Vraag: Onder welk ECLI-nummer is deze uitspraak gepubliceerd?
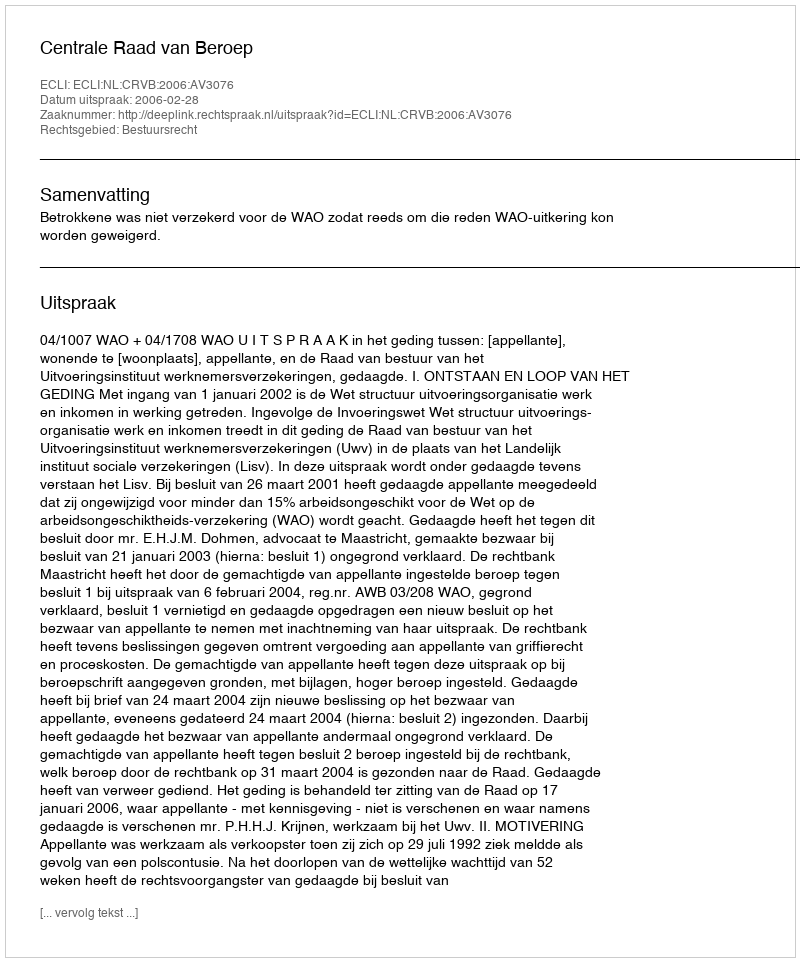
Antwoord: ECLI:NL:CRVB:2006:AV3076